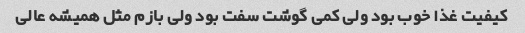
کیفیت غذا خوب بود ولی کمی گوشت سفت بود ولی بازم مثل همیشه عالی